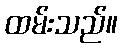
ထမ်းသည်။